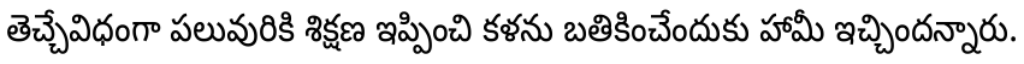
తెచ్చేవిధంగా పలువురికి శిక్షణ ఇప్పించి కళను బతికించేందుకు హామీ ఇచ్చిందన్నారు.